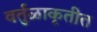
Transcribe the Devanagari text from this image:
वर्तुळाकृतीत